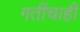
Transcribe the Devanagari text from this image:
गतींचाही